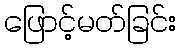
ဖြောင့်မတ်ခြင်း